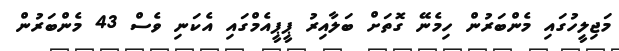
މަޖިލީހުގައި މެންބަރުން ހިމެނޭ ގޮތަށް ބަލާއިރު ޕީޕީއެމްގައި އެކަނި ވެސް 43 މެންބަރުން